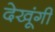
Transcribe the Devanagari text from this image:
देखूंगी